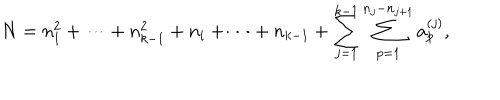
LaTeX: N = n _ { 1 } ^ { 2 } + \cdots + n _ { k - 1 } ^ { 2 } + n _ { i } + \cdots + n _ { k - 1 } + \sum _ { j = 1 } ^ { k - 1 } \sum _ { p = 1 } ^ { n _ { j } - n _ { j + 1 } } a _ { p } ^ { ( j ) } ,